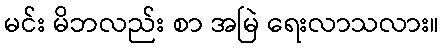
မင်း မိဘလည်း စာ အမြဲ ရေးလာသလား။